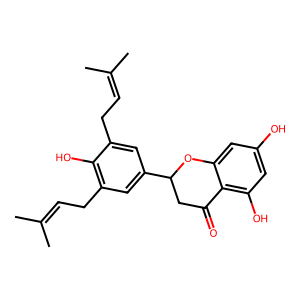
SMILES: CC(C)=CCc1cc(C2CC(=O)c3c(O)cc(O)cc3O2)cc(CC=C(C)C)c1O
Inhibits HIV replication: No